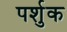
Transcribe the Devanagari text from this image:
पर्शुक